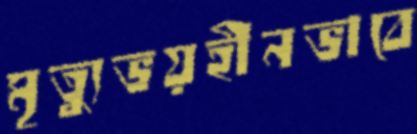
মৃত্যুভয়হীনভাবে